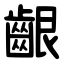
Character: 齦